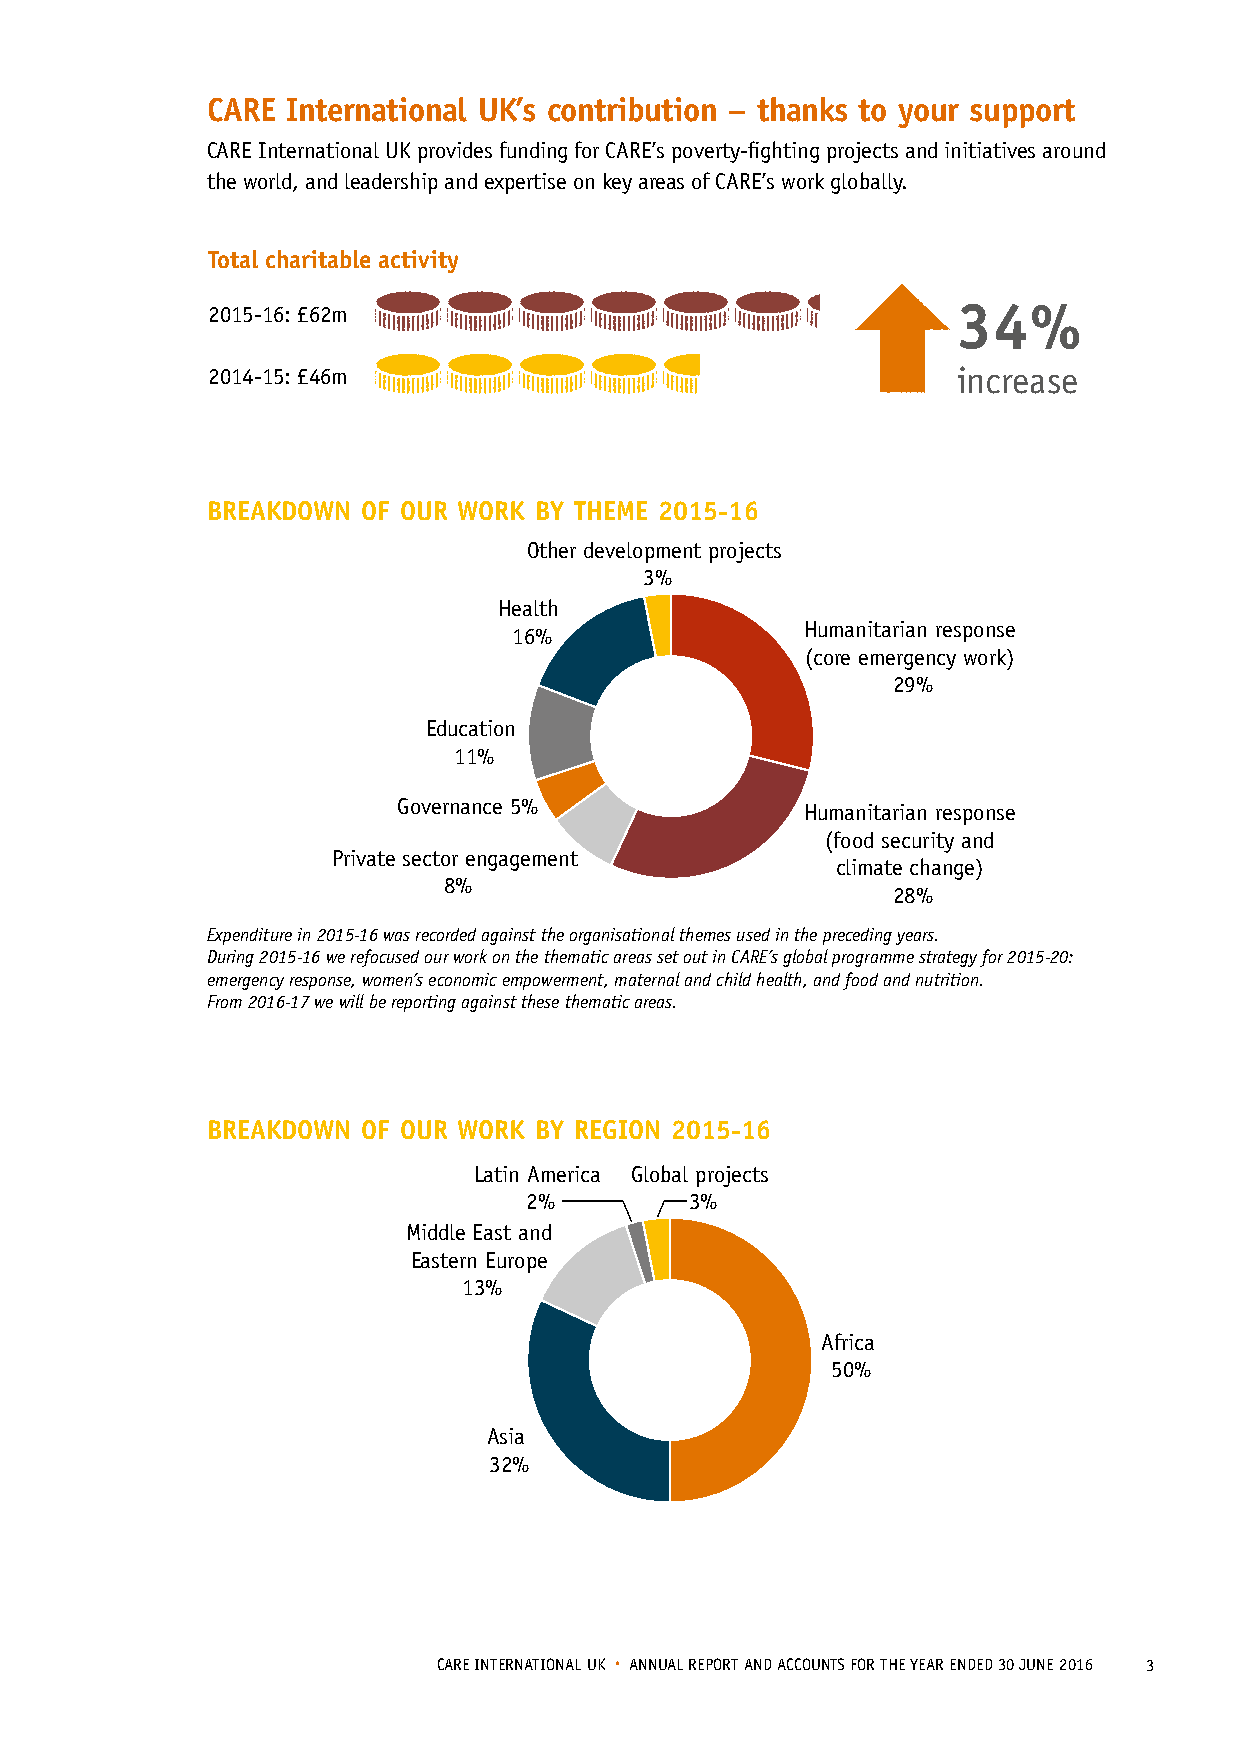
CARE International UK’s contribution – thanks to your support
 CARE International UK provides funding for CARE’s poverty-fighting projects and initiatives a5rou2nd %
 the world, and leadership and expertise on key areas of CARE’s work globally.
 increase
 Total charitable activity
 2015-16: £62m                                    34%
 2014-15: £46m                                    increase
 BREAKDOWN OF OUR WORK BY THEME 2015-16
 Other development projects                                      Latin America Global projects
 3%                                                          2%         3%
 Health                                                        Middle East and
 16%                Humanitarian response                     Eastern Europe
 (core emergency work)                         13%
 29%
 Africa
 Education
 50%
 11%
 Governance 5%              Humanitarian response                          Asia
 (food security and                           32%
 Private sector engagement
 climate change)
 8%
 28%
 Expenditure in 2015-16 was recorded against the organisational themes used in the preceding years.
 During 2015-16 we refocused our work on the thematic areas set out in CARE’s global programme strategy for 2015-20:
 emergency response, women’s economic empowerment, maternal and child health, and food and nutrition.
 From 2016-17 we will be reporting against these thematic areas.
 BREAKDOWN OF OUR WORK BY REGION 2015-16
 Other development projects     Latin America Global projects
 3%                                 2%         3%
 Health                     Middle East and
 16% Humanitarian response  Eastern Europe
 (core emergency work)          13%
 29%
 Africa
 Education
 50%
 11%
 Governance 5% Humanitarian response Asia
 (food security and              32%
 Private sector engagement
 climate change)
 8%
 28%
 CARE INTERNATIONAL UK • ANNUAL REPORT AND ACCOUNTS FOR THE YEAR ENDED 30 JUNE 2016 3